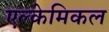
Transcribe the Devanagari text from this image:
एल्केमिकल